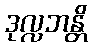
ဒုလ္လဘန္တိ